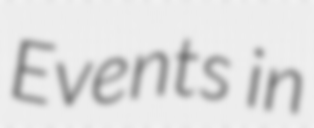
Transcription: Events in